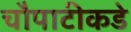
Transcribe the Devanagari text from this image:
चौपाटीकडे